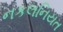
નકલનિયત